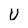
Character: u